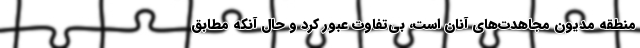
منطقه مدیون مجاهدت‌های آنان است، بی‌تفاوت عبور کرد و حال آنکه مطابق